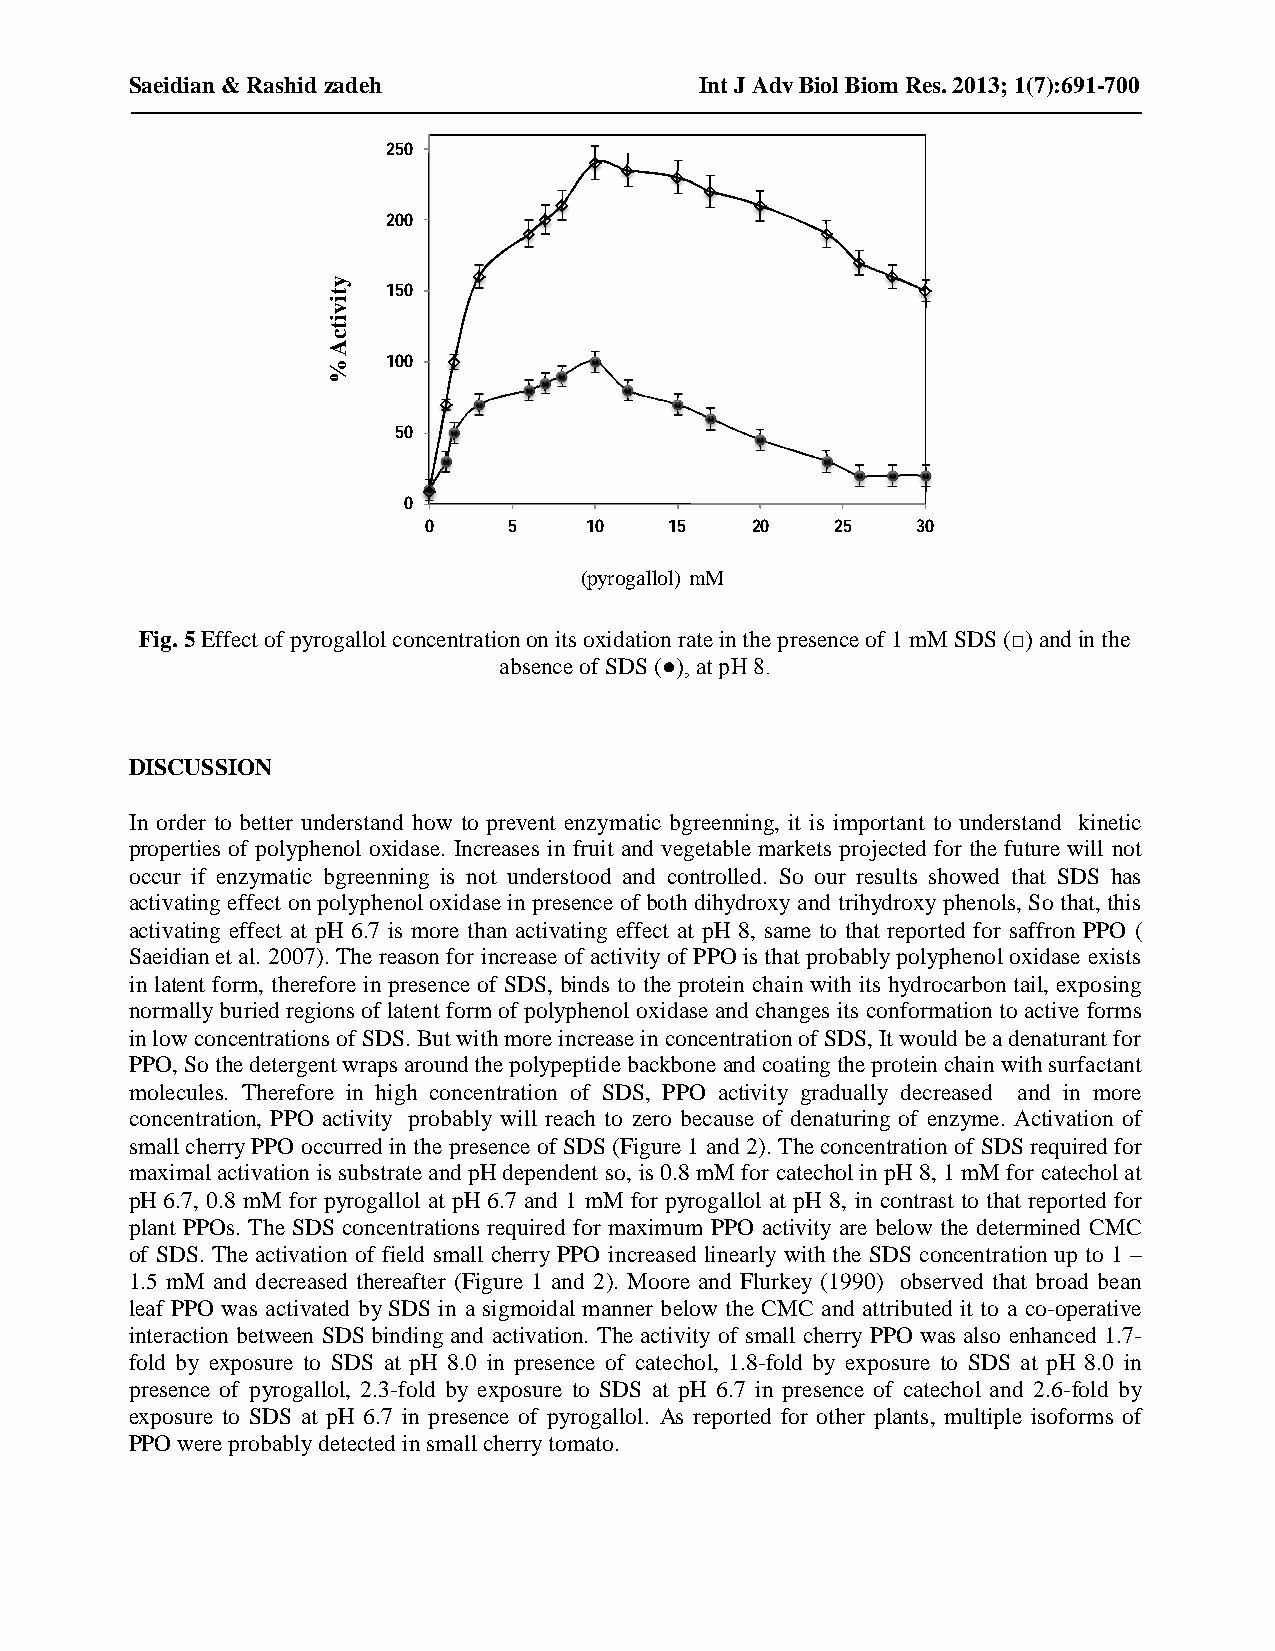
Saeidian & Rashid zadeh              Int J Adv Biol Biom Res. 2013; 1(7):691-700
 250
 200
 150
 100
 50
 0
 0     5    10   15    20   25    30
 (pyrogallol) mM
 Fig. 5 Effect of pyrogallol concentration on its oxidation rate in the presence of 1 mM SDS (□) and in the
 absence of SDS (●), at pH 8.
 DISCUSSION
 In order to better understand how to prevent enzymatic bgreenning, it is important to understand kinetic
 properties of polyphenol oxidase. Increases in fruit and vegetable markets projected for the future will not
 occur if enzymatic bgreenning is not understood and controlled. So our results showed that SDS has
 activating effect on polyphenol oxidase in presence of both dihydroxy and trihydroxy phenols, So that, this
 activating effect at pH 6.7 is more than activating effect at pH 8, same to that reported for saffron PPO (
 Saeidian et al. 2007). The reason for increase of activity of PPO is that probably polyphenol oxidase exists
 in latent form, therefore in presence of SDS, binds to the protein chain with its hydrocarbon tail, exposing
 normally buried regions of latent form of polyphenol oxidase and changes its conformation to active forms
 in low concentrations of SDS. But with more increase in concentration of SDS, It would be a denaturant for
 PPO, So the detergent wraps around the polypeptide backbone and coating the protein chain with surfactant
 molecules. Therefore in high concentration of SDS, PPO activity gradually decreased and in more
 concentration, PPO activity probably will reach to zero because of denaturing of enzyme. Activation of
 small cherry PPO occurred in the presence of SDS (Figure 1 and 2). The concentration of SDS required for
 maximal activation is substrate and pH dependent so, is 0.8 mM for catechol in pH 8, 1 mM for catechol at
 pH 6.7, 0.8 mM for pyrogallol at pH 6.7 and 1 mM for pyrogallol at pH 8, in contrast to that reported for
 plant PPOs. The SDS concentrations required for maximum PPO activity are below the determined CMC
 of SDS. The activation of field small cherry PPO increased linearly with the SDS concentration up to 1 –
 1.5 mM and decreased thereafter (Figure 1 and 2). Moore and Flurkey (1990) observed that broad bean
 leaf PPO was activated by SDS in a sigmoidal manner below the CMC and attributed it to a co-operative
 interaction between SDS binding and activation. The activity of small cherry PPO was also enhanced 1.7-
 fold by exposure to SDS at pH 8.0 in presence of catechol, 1.8-fold by exposure to SDS at pH 8.0 in
 presence of pyrogallol, 2.3-fold by exposure to SDS at pH 6.7 in presence of catechol and 2.6-fold by
 exposure to SDS at pH 6.7 in presence of pyrogallol. As reported for other plants, multiple isoforms of
 PPO were probably detected in small cherry tomato.
 698 | Page
 ytivitcA
 %